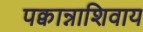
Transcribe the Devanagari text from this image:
पक्वान्नाशिवाय